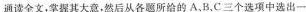
通读全文,掌握其大意,然后从各题所给的 A、B、C三个选项中选出一